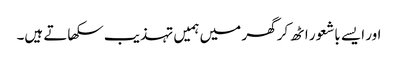
اور ایسے باشعور اٹھ کر گھر میں ہمیں تہذیب سکھاتے ہیں۔